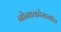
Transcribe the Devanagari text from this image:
नोनाकोसानॉल